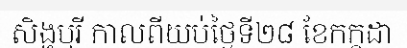
សិង្ហបុរី កាលពីយប់ថ្ងៃទី២៨ ខែកក្កដា